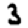
Digit: 3